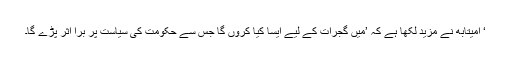
‘ امیتابھ نے مزید لکھا ہے کہ ’میں گجرات کے لیے ایسا کیا کروں گا جس سے حکومت کی سیاست پر بُرا اثر پڑے گا۔